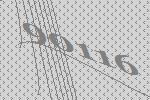
90116